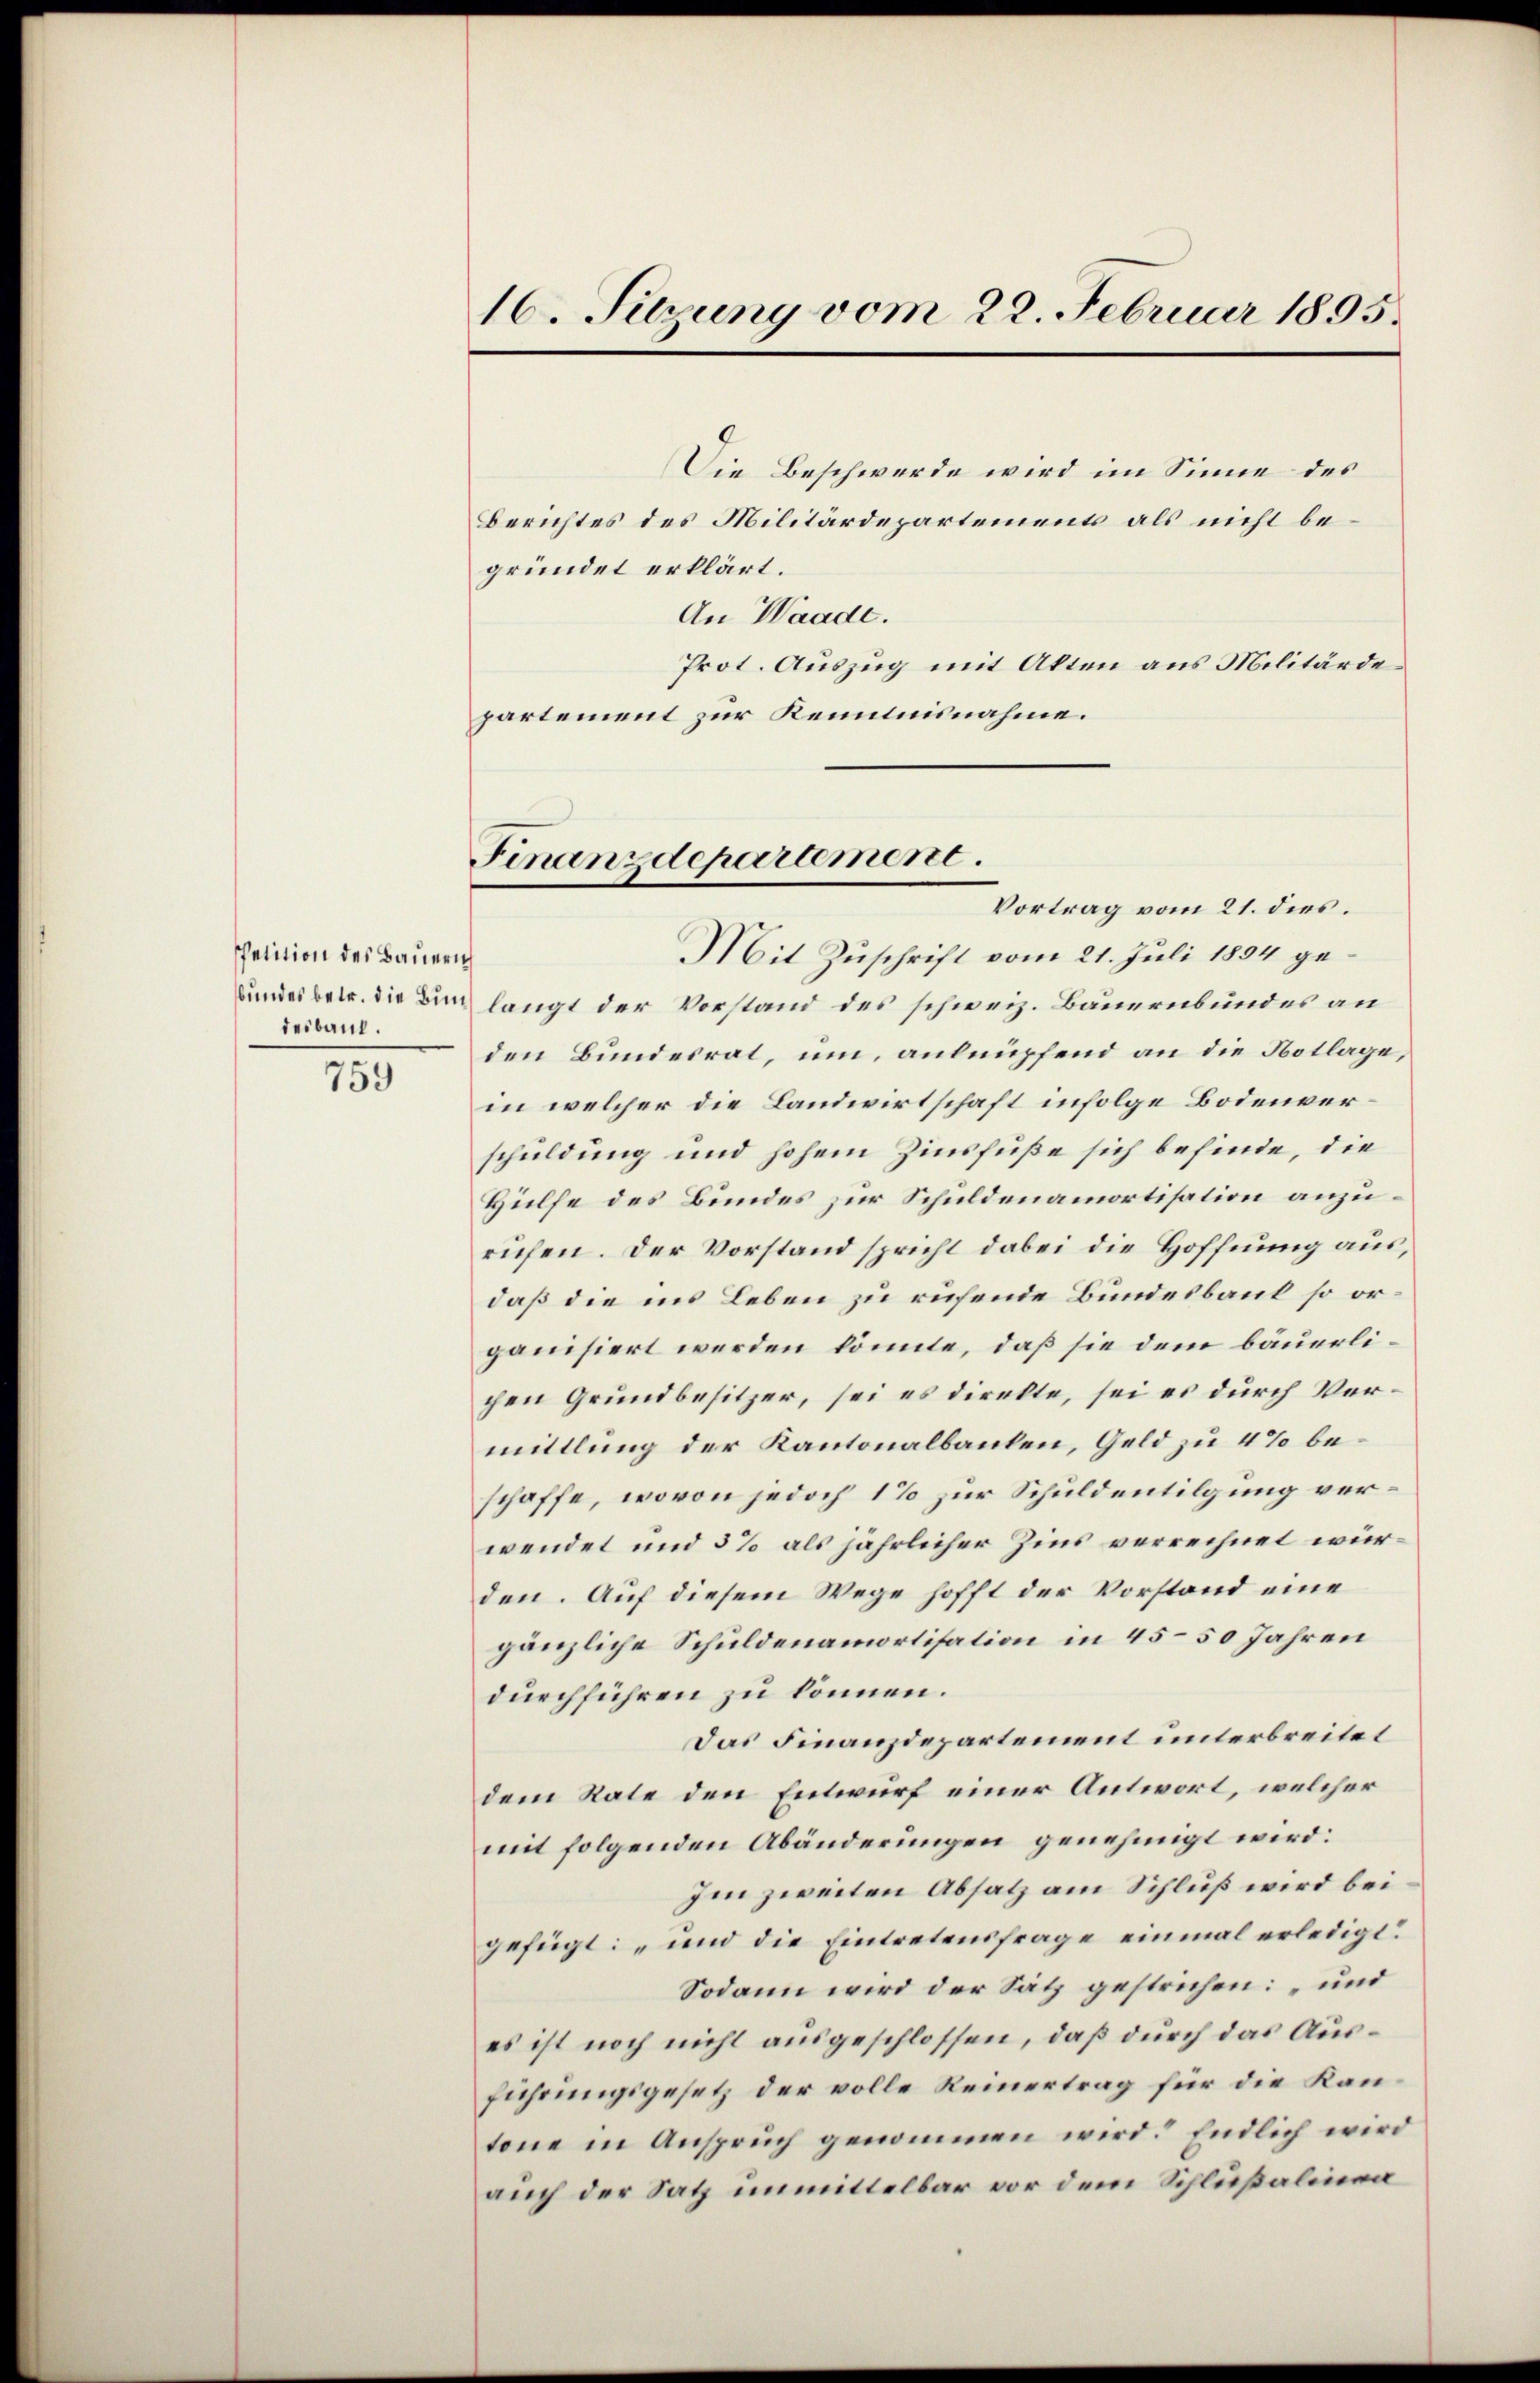
petition des Bauern
desbaut.
759

Vortrag vom 21. dies
Mit Zuschrift vom 21. Juli 1854 ge¬
Bundes betr. die Bund langt der Vorstand des schweiz. Bauernbundes an
den Bundesrat, um, anknüpfend an die Notlage,
in welcher die Landwirtschaft infolge Bodenverschuldung und hohem Zinsfüße sich befinde, die
Hülfe des Bundes zur Schuldenamortisation anzurufen. Der Vorstand spricht dabei die Hoffnung aus,
daß die ins Leben zu rufende Bundesbaut so orpanisiert werden könnte, daß sie dem bäuerlichen Grundbesitzer, sei es direkte, sei es durch Vermittlung der Kantonalbanken, Geld zu 4% beschaffe, wovon jedoch 1% zur Schuldentilgung verwendet und 5% als jährlicher Zins verrechnet würden. Auf diesem Wege hofft der Vorstand eine
gänzliche Schuldenamortisation in 45–50 Jahren
durchführen zu können.
Das Finanzdepartement unterbreitet
dem Rate den Entwurf einer Antwort, welcher
mit folgenden Abänderungen genehmigt wird:
Im zweiten Absatz am Schluß wird bei.
gefügt: „und die Eintretensfrage einmal erledigt.
Sodann wird der Satz gestrichen: „und
es ist noch nicht ausgeschlossen, daß durch das Ausführungsgesetz der volle Reinertrag für die Kantone in Anspruch genommen wird. Endlich wird
auch der Satz unmittelbar vor dem Schlußalinen

16. Sitzung vom 22. Februar 1895.

Die Beschwerde wird im Sinne des
Berichtes des Militärdepartements als nicht begründet erklärt.
An Waade.
Prot. Auszug mit Akten aus Militärde
partement zur Kenntnisnahme.

Finanzdepartement.